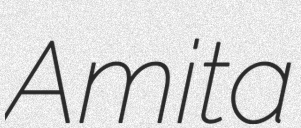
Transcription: Amita